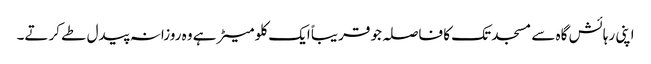
اپنی رہائش گاہ سے مسجد تک کا فاصلہ جو قریباً ایک کلو میٹر ہے وہ روزانہ پیدل طے کرتے۔